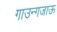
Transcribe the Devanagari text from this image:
गाउन्गजाऊ